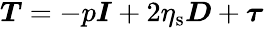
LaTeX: \begin{array}{r}{\boldsymbol{T}=-p\boldsymbol{I}+2\eta_{\mathrm{s}}\boldsymbol{D}+\boldsymbol{\tau}}\end{array}